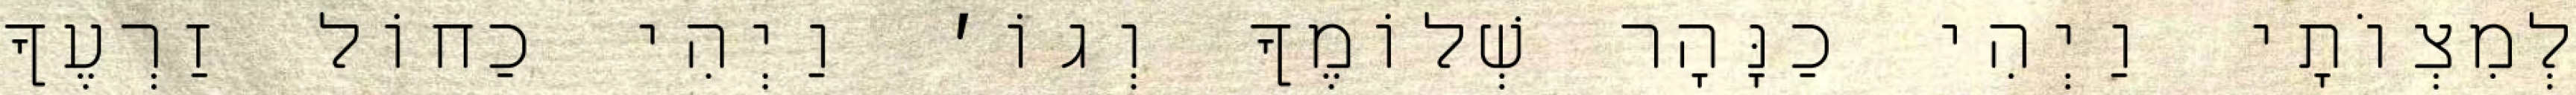
לְמִצְוֹתָי וַיְהִי כַנָּהָר שְׁלוֹמֶךָ וְגוֹ׳ וַיְהִי כַחוֹל זַרְעֶךָ